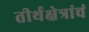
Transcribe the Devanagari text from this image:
तीर्थक्षेत्रांचं